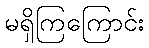
မရှိကြကြောင်း